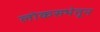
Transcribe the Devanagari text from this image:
लोकसभेतून